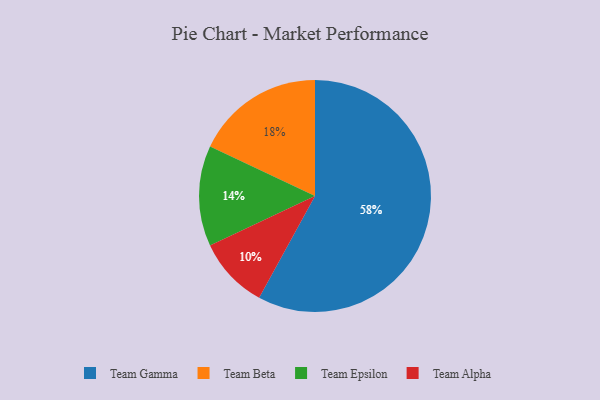
{"axis": {"x": "Category", "y": "Percentage"}, "legend": ["Team Alpha", "Team Beta", "Team Epsilon", "Team Gamma"], "data": [{"x": "Team Gamma", "y": 58, "type": "Team Gamma"}, {"x": "Team Beta", "y": 18, "type": "Team Beta"}, {"x": "Team Epsilon", "y": 14, "type": "Team Epsilon"}, {"x": "Team Alpha", "y": 10, "type": "Team Alpha"}]}